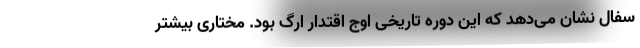
سفال نشان می‌دهد که این دوره تاریخی اوج اقتدار ارگ بود. مختاری بیشتر